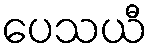
ပေသယီ